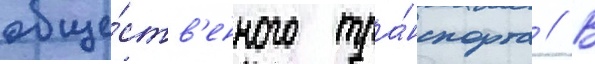
обще́ств'енного тра́нспорта // В